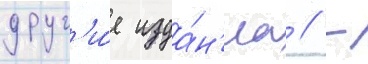
друг'и́е изда́н'иа // -